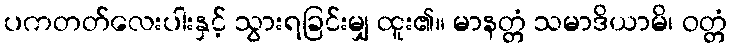
ပကတတ်လေးပါးနှင့် သွားရခြင်းမျှ ထူး၏။ မာနတ္တံ သမာဒိယာမိ၊ ဝတ္တံ